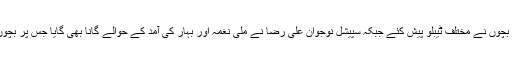
پروگرام میں سپیشل بچوں نے مختلف ٹیبلو پیش کئے جبکہ سپیشل نوجوان علی رضا نے ملی نغمہ اور بہار کی آمد کے حوالے گانا بھی گایا جس پر بچوں نے ڈانس بھی کیا۔